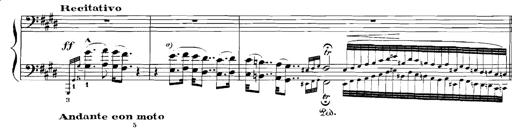
Title: Rhapsodies hongroises
Composer: Franz Liszt